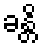
ခန္တိ